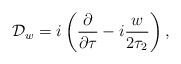
\begin{align*}{{\cal D}_w =i \left( {\partial \over \partial \tau} - i {w \over2\tau_2}\right),}\end{align*}